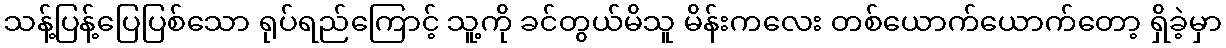
သန့်ပြန့်ပြေပြစ်သော ရုပ်ရည်ကြောင့် သူ့ကို ခင်တွယ်မိသူ မိန်းကလေး တစ်ယောက်ယောက်တော့ ရှိခဲ့မှာ